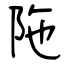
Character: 陁